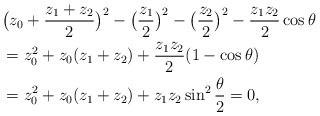
LaTeX: \begin{align*}&\big(z_0+\frac{z_1+z_2}{2}\big)^2-\big(\frac{z_1}{2}\big)^2-\big(\frac{z_2}{2}\big)^2-\frac{z_1z_2}{2}\cos \theta\\&=z_0^2+z_0(z_1+z_2)+\frac{z_1z_2}{2}(1-\cos\theta)\\&=z_0^2+z_0(z_1+z_2)+z_1z_2\sin^2\frac{\theta}{2}=0,\end{align*}